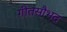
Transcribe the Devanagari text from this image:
गीतसौभद्र